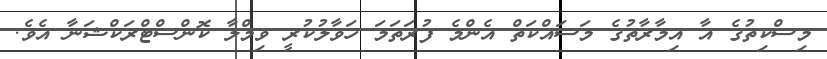
މިސްކިތުގެ އާ އިމާރާތުގެ މަސައްކަތް އެންމެ ފުރަތަމަ ހަވާލުކުރީ ވިމްލާ ކޮންސްޓްރަކްޝަނާ އެވެ.